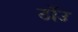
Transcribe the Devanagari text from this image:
ठाँउ